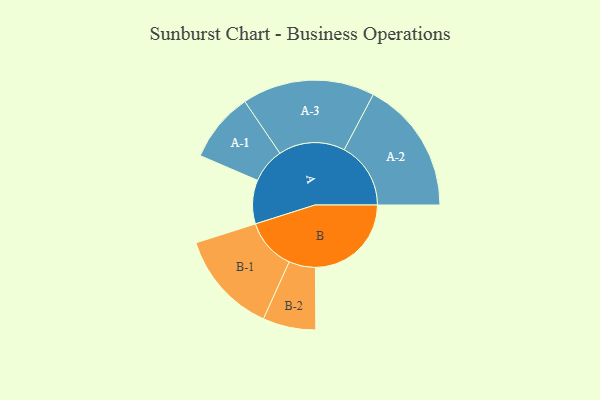
{"axis": {"x": "Segment", "y": "Value"}, "legend": ["", "A", "B"], "data": [{"x": "A", "y": 167, "type": ""}, {"x": "B", "y": 366, "type": ""}, {"x": "A-1", "y": 133, "type": "A"}, {"x": "A-2", "y": 254, "type": "A"}, {"x": "A-3", "y": 253, "type": "A"}, {"x": "B-1", "y": 196, "type": "B"}, {"x": "B-2", "y": 101, "type": "B"}]}